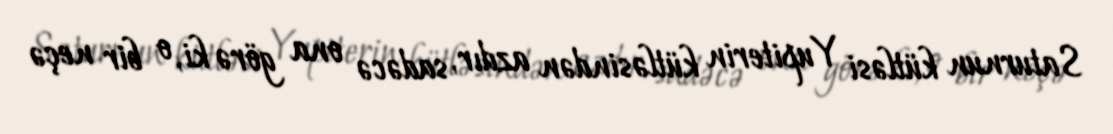
Saturnun kütləsi Yupiterin kütləsindən azdır, sadəcə ona görə ki, o bir neçə